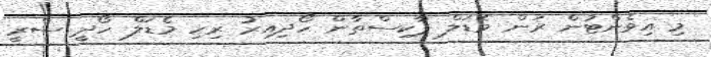
މި އިވެންޓުން ރަން މެޑަލް ޕާކިސްތާން ހޯދިއިރު ރިހި މެޑަލް ހޯދީ ސްރީ